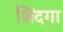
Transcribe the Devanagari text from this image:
जिंदगा